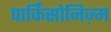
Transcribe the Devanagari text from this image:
पार्किंसोनिज़्म